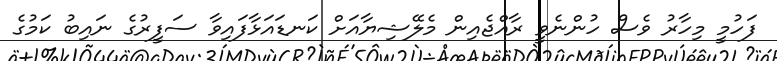
ފަހުމީ މިހާރު ވެސް ހުންނެވީ ރާއްޖެއިން މެލޭޝިޔާއަށް ކަނޑައަޅާފައިވާ ސަފީރުގެ ނައިބު ކަމުގެ